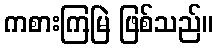
ကစားကြမြဲ ဖြစ်သည်။